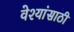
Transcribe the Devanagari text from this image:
वेश्यांसाठी